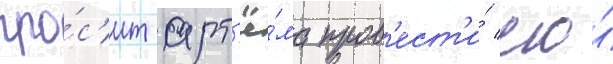
про́с'ит арт'ё́ма пров'ест'и́ его́